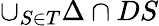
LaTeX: \cup_{S\in T}\Delta\cap DS